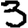
Digit: 3